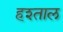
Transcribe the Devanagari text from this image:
हश्ताल